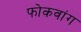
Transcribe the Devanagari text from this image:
फोकवांग